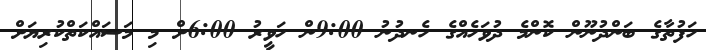
ހަފުތާގެ ބަންދުނޫން ކޮންމެ ދުވަހެއްގެ ހެނދުނު 9:00ން ހަވީރު 6:00ށް މި މަސައްކަތްކުރިޔަށް